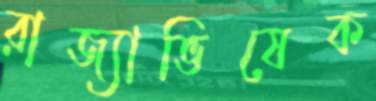
রাজ্যাভিষেক